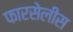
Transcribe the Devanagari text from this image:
फारसेलीस